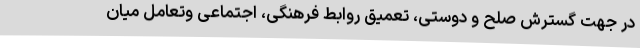
در جهت گسترش صلح و دوستی، تعمیق روابط فرهنگی، اجتماعی وتعامل میان